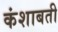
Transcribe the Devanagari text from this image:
कंशाबती